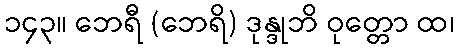
၁၄၃။ ဘေရီ (ဘေရိ) ဒုန္ဒုဘိ ဝုတ္တော ထ၊